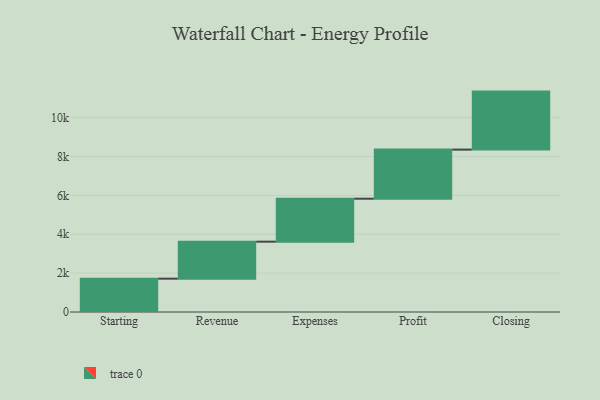
{"axis": {"x": "Step", "y": "Value"}, "legend": [""], "data": [{"x": "Starting", "y": 1715.0, "type": ""}, {"x": "Revenue", "y": 1904.0, "type": ""}, {"x": "Expenses", "y": 2211.0, "type": ""}, {"x": "Profit", "y": 2526.0, "type": ""}, {"x": "Closing", "y": 2985.0, "type": ""}]}